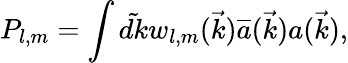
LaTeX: P_{l,m}=\int{\tilde{dk}}w_{l,m}(\vec{k}){\overline{{{a}}}}(\vec{k})a(\vec{k}),